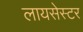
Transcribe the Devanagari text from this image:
लायसेस्टर